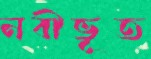
নবীভূত